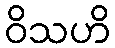
ဝိသဟိ